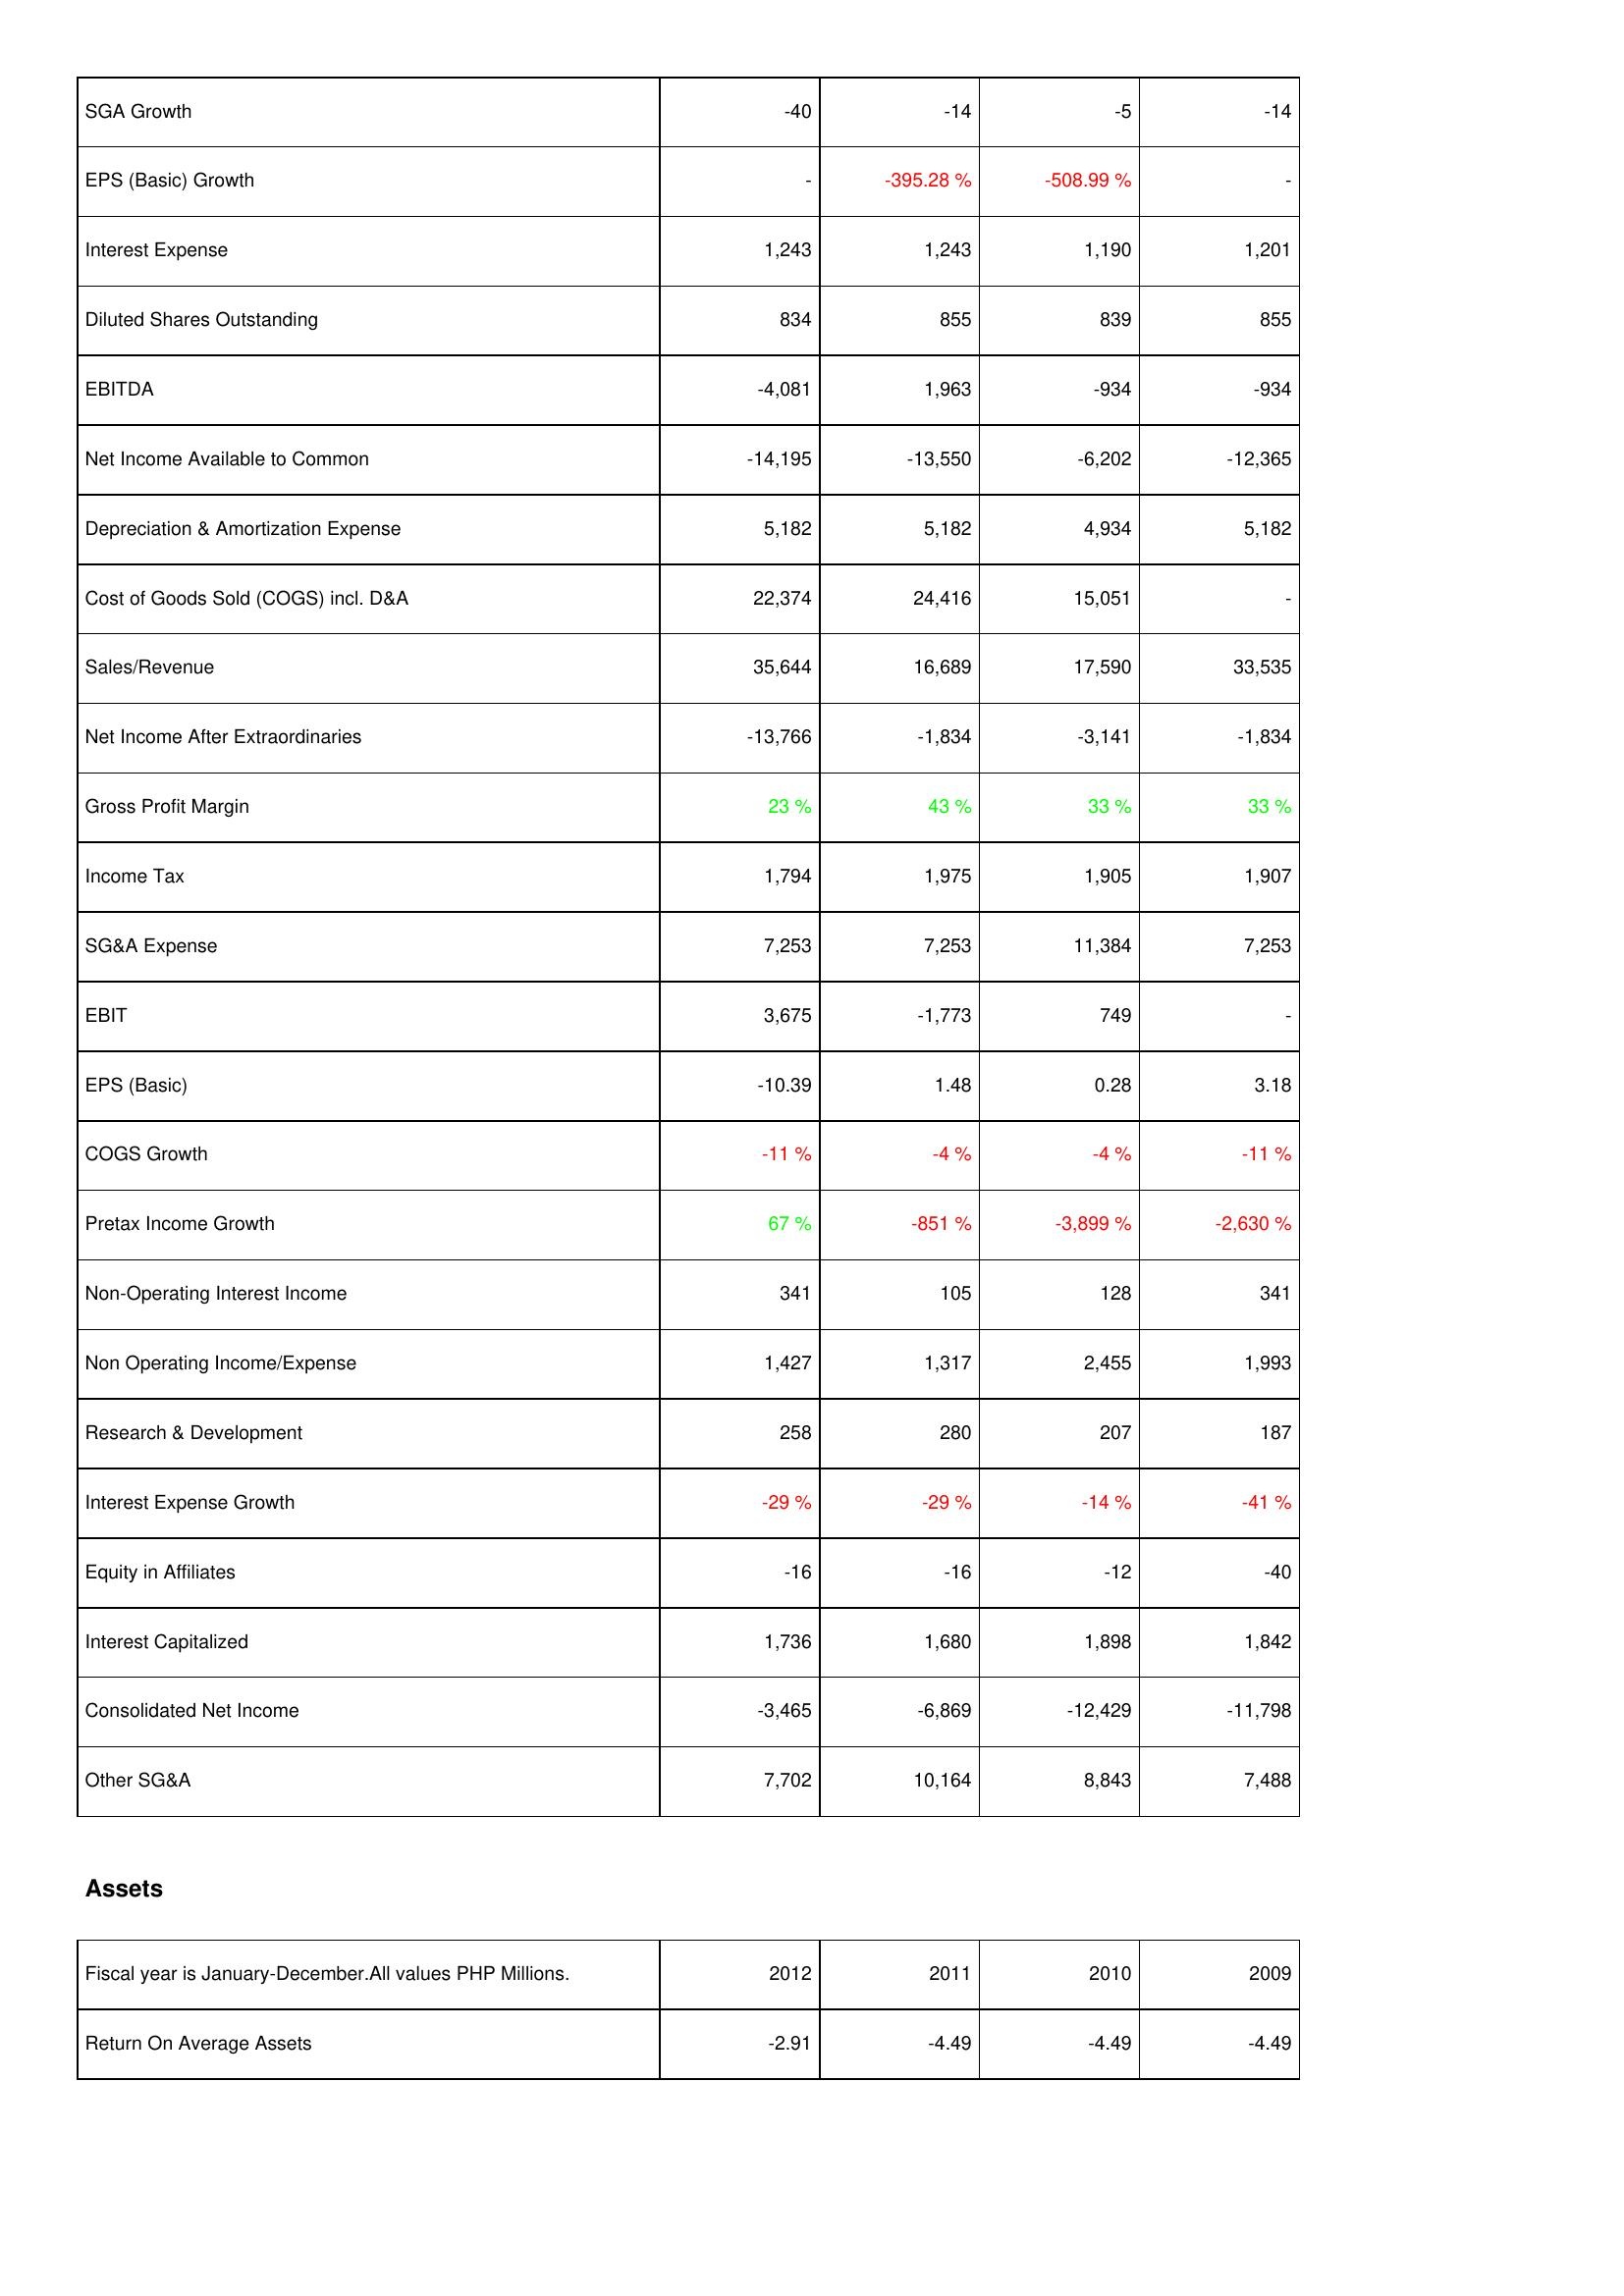
2012: Income Statement: SGA Growth: -40
EPS (Basic) Growth: -
Interest Expense: 1,243
Diluted Shares Outstanding: 834
EBITDA: -4,081
Net Income Available to Common: -14,195
Depreciation & Amortization Expense: 5,182
Cost of Goods Sold (COGS) incl. D&A: 22,374
Sales/Revenue: 35,644
Net Income After Extraordinaries: -13,766
Gross Profit Margin: 23 %
Income Tax: 1,794
SG&A Expense: 7,253
EBIT: 3,675
EPS (Basic): -10.39
COGS Growth: -11 %
Pretax Income Growth: 67 %
Non-Operating Interest Income: 341
Non Operating Income/Expense: 1,427
Research & Development: 258
Interest Expense Growth: -29 %
Equity in Affiliates: -16
Interest Capitalized: 1,736
Consolidated Net Income: -3,465
Other SG&A: 7,702
Assets: Return On Average Assets: -2.91
2011: Income Statement: SGA Growth: -14
EPS (Basic) Growth: -395.28 %
Interest Expense: 1,243
Diluted Shares Outstanding: 855
EBITDA: 1,963
Net Income Available to Common: -13,550
Depreciation & Amortization Expense: 5,182
Cost of Goods Sold (COGS) incl. D&A: 24,416
Sales/Revenue: 16,689
Net Income After Extraordinaries: -1,834
Gross Profit Margin: 43 %
Income Tax: 1,975
SG&A Expense: 7,253
EBIT: -1,773
EPS (Basic): 1.48
COGS Growth: -4 %
Pretax Income Growth: -851 %
Non-Operating Interest Income: 105
Non Operating Income/Expense: 1,317
Research & Development: 280
Interest Expense Growth: -29 %
Equity in Affiliates: -16
Interest Capitalized: 1,680
Consolidated Net Income: -6,869
Other SG&A: 10,164
Assets: Return On Average Assets: -4.49
2010: Income Statement: SGA Growth: -5
EPS (Basic) Growth: -508.99 %
Interest Expense: 1,190
Diluted Shares Outstanding: 839
EBITDA: -934
Net Income Available to Common: -6,202
Depreciation & Amortization Expense: 4,934
Cost of Goods Sold (COGS) incl. D&A: 15,051
Sales/Revenue: 17,590
Net Income After Extraordinaries: -3,141
Gross Profit Margin: 33 %
Income Tax: 1,905
SG&A Expense: 11,384
EBIT: 749
EPS (Basic): 0.28
COGS Growth: -4 %
Pretax Income Growth: -3,899 %
Non-Operating Interest Income: 128
Non Operating Income/Expense: 2,455
Research & Development: 207
Interest Expense Growth: -14 %
Equity in Affiliates: -12
Interest Capitalized: 1,898
Consolidated Net Income: -12,429
Other SG&A: 8,843
Assets: Return On Average Assets: -4.49
2009: Income Statement: SGA Growth: -14
EPS (Basic) Growth: -
Interest Expense: 1,201
Diluted Shares Outstanding: 855
EBITDA: -934
Net Income Available to Common: -12,365
Depreciation & Amortization Expense: 5,182
Cost of Goods Sold (COGS) incl. D&A: -
Sales/Revenue: 33,535
Net Income After Extraordinaries: -1,834
Gross Profit Margin: 33 %
Income Tax: 1,907
SG&A Expense: 7,253
EBIT: -
EPS (Basic): 3.18
COGS Growth: -11 %
Pretax Income Growth: -2,630 %
Non-Operating Interest Income: 341
Non Operating Income/Expense: 1,993
Research & Development: 187
Interest Expense Growth: -41 %
Equity in Affiliates: -40
Interest Capitalized: 1,842
Consolidated Net Income: -11,798
Other SG&A: 7,488
Assets: Return On Average Assets: -4.49